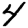
Digit: 4